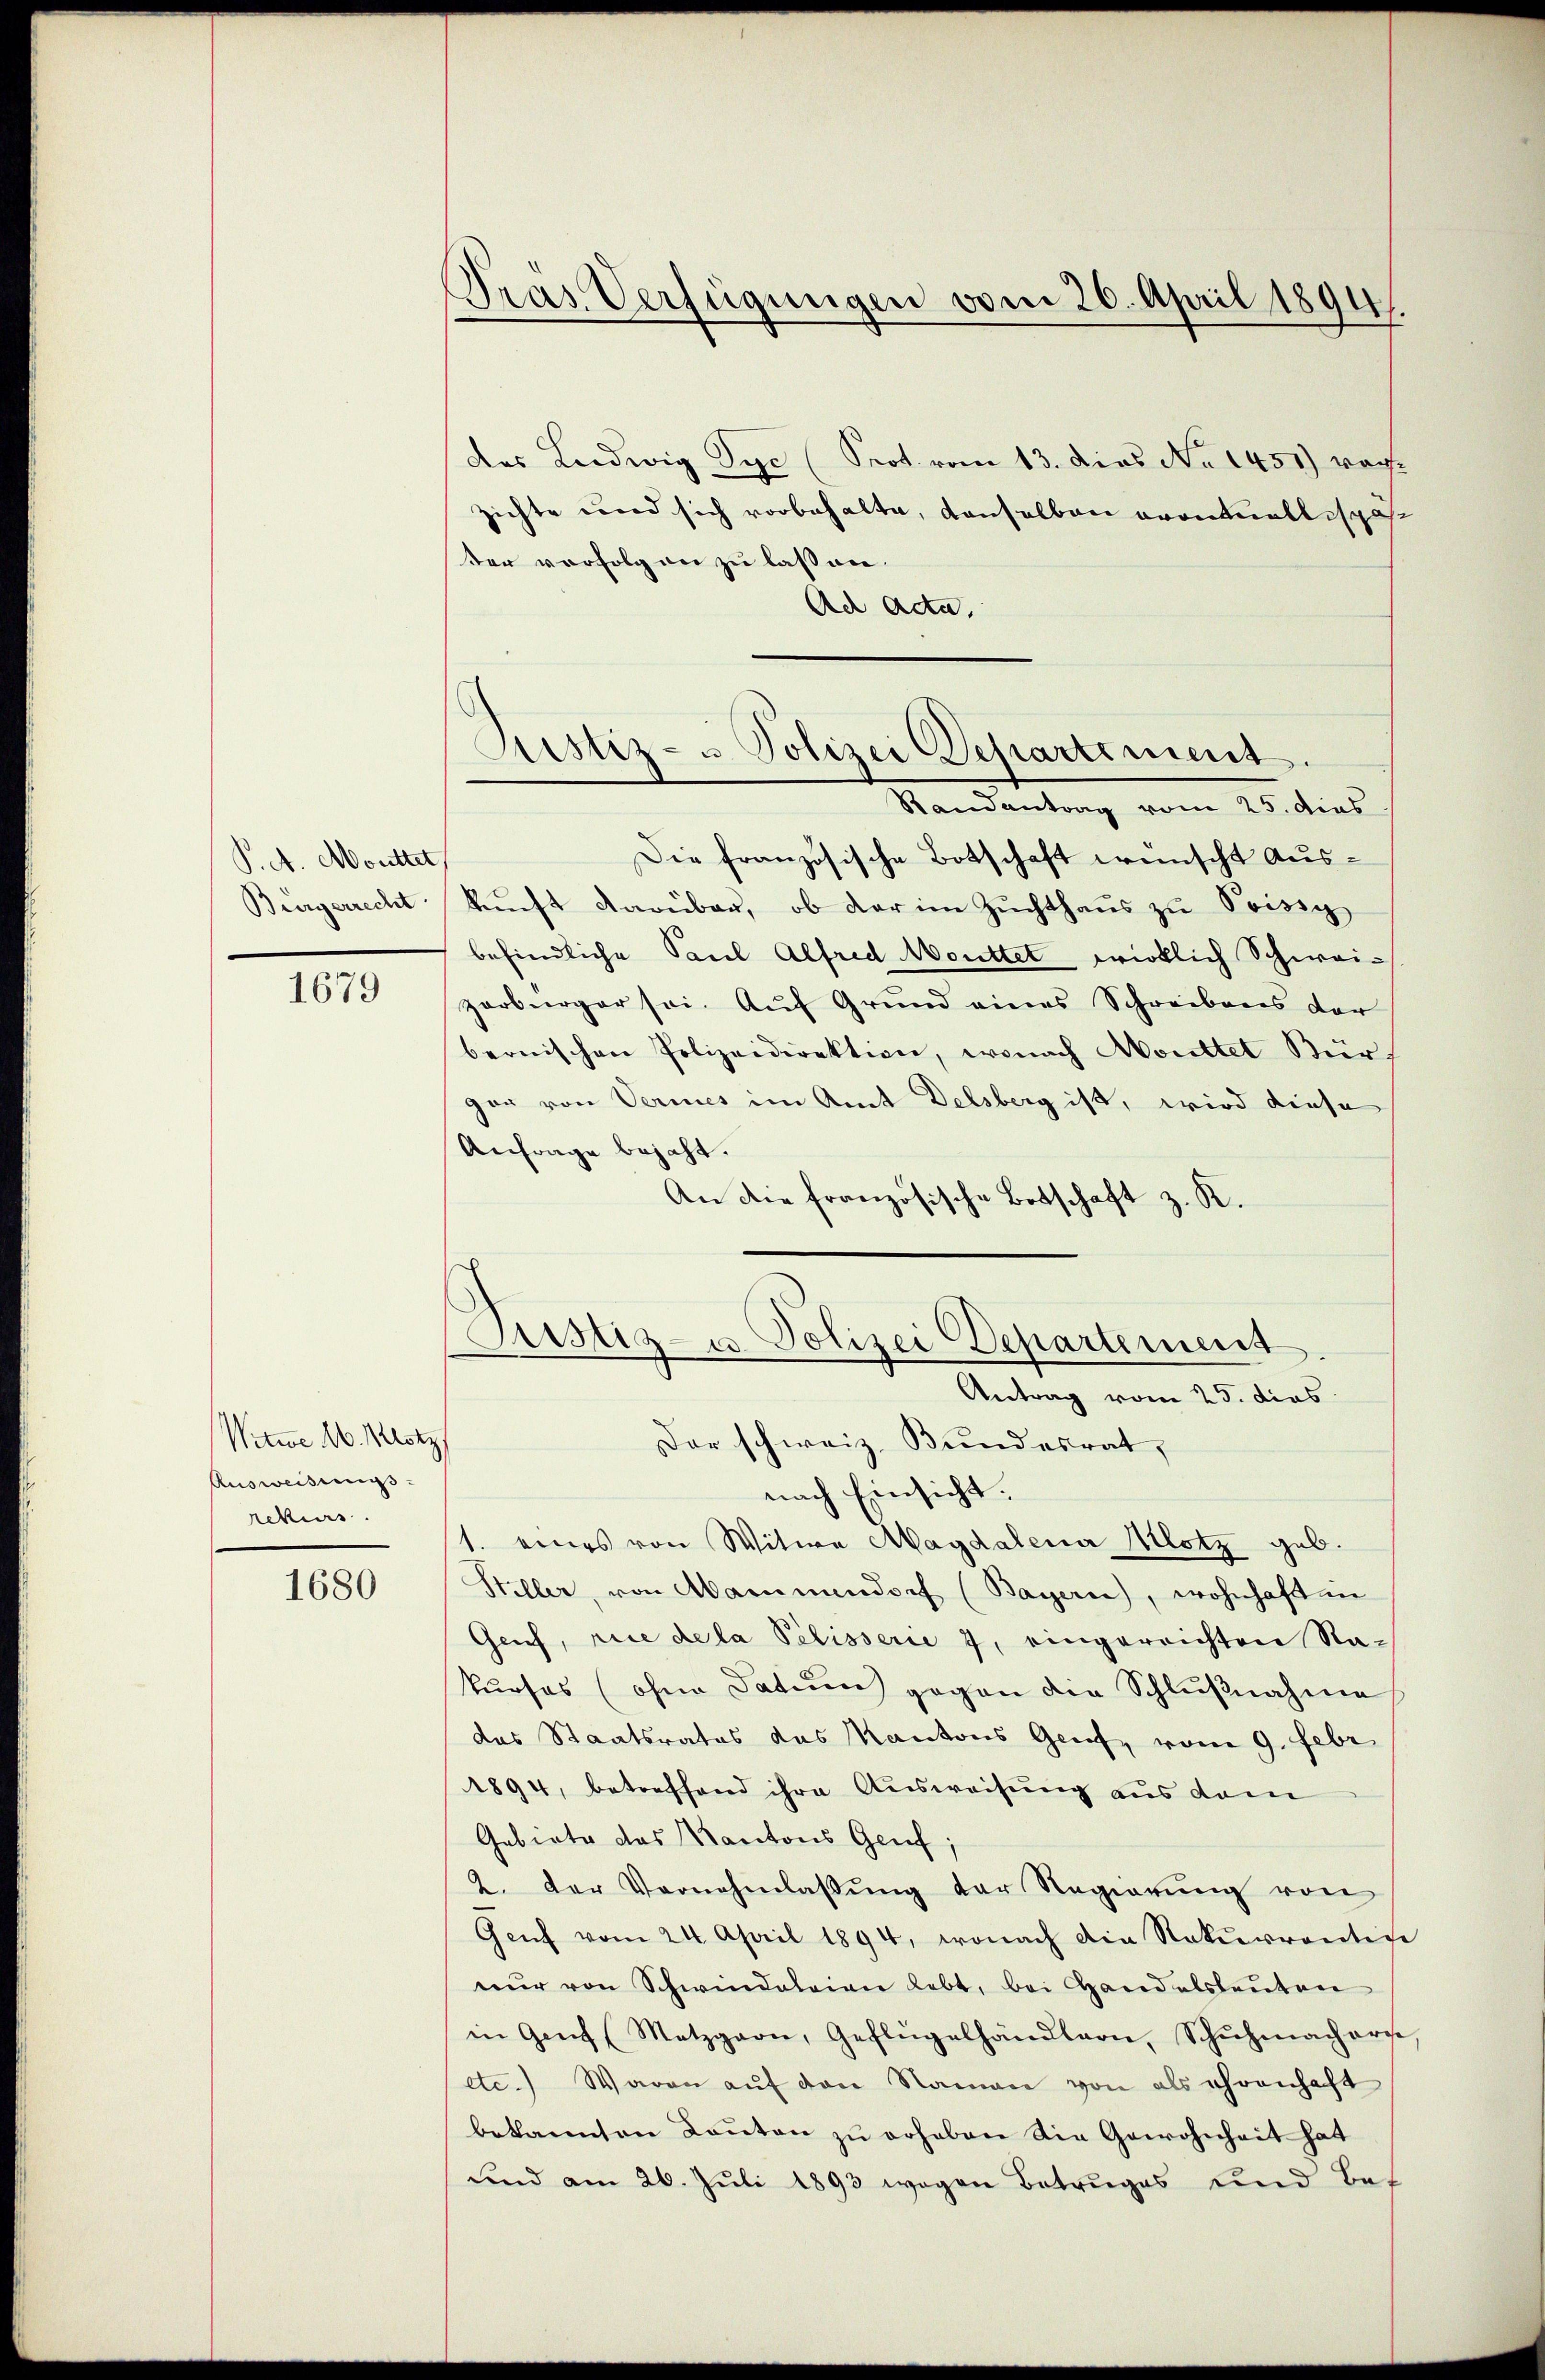
P. A. Monttet,
Bürgerrecht

1679

Witwe M. Metz
Ausweisungs-
rekurs.

1680

Pras Verfügungen vom 20. April 1891

das Leidwig Tyc (Prot. vom 13. dies No 1451) vorh
zichte und sich vorbehalte, denselben erontallispoten vorfolgen zu lassen.
Ad Ada
Die französische Botschaft wünscht Auskŭnft darüber, ob der im Zŭchthaŭs zŭ Poisig
befindliche Paul Alfred Monttet wirklich Schweizerbürger sei. Auf Grund eines Schreibens der
bernischen Polizeidirektion, wonach Monttet Bür
gar von Vermes im Amt Delsberg ist, wird diese
Anfrage bejaht.
An die französische Botschaft z. R.
Justiz- u. Polizei Departement
Antrag vom 25. dies
Der schweiz. Bundesrat,
nach Einsicht.
1. eines von Witwe Magdalena Milotz geb.
Stiller, von Mammandorf (Bayern), wohnhaft in
Genf, rice de la Pélisserie 3, eingereichten Na-
kurses (ohne Datum gegen die Schlŭβnahme
das Staatsrates das Kantons Genf, vom 9. Febr.
1894, betreffend ihre Aŭsweisung aus dem
Gebiete das Kantons Genf
2. Der Vernehmlassŭng der Regierŭng von
Genf vom 24. April 1894, wonach die Rekurrentine
nŭr von Schwindelaian lebt, bei Handelsleŭten
in Genf (Metzgarn, Geflügelhändlern, Schŭhmacherst
etc.) Waren aŭf den Namen von als ehrenhaft
bekannten Kanton zŭ erhaben die Gewohnheit hat
ŭnd am 26. Jŭli 1893 wegen Betruges und Bet

Ristiz- u Polizei Departement.
Randantrag vom 25. dies